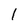
Character: 1